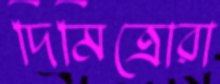
দিমিত্রোরা